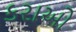
કરાઓ